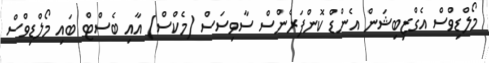
މޯލްޑިވްސް އެގްޒިބިޝަން އެންޑް ކޮންފަރެންސް ސާވިސަސް (މެކްސް) އާއި ބެސްޓް ބައި މޯލްޑިވްސް